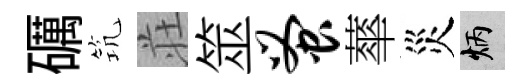
礪𥬑荘筮蚤蕐災炳